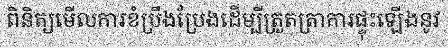
ពិនិត្យមើលការខំប្រឹងប្រែងដើម្បីត្រួតត្រាការផ្ទុះឡើងនូវ